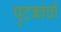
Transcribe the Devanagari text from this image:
पुटकांची